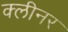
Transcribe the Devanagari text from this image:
क्‍लीनर